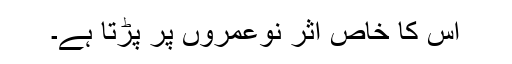
اس کا خاص اثر نوعمروں پر پڑتا ہے۔